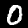
Label: 0